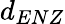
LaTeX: d_{ENZ}